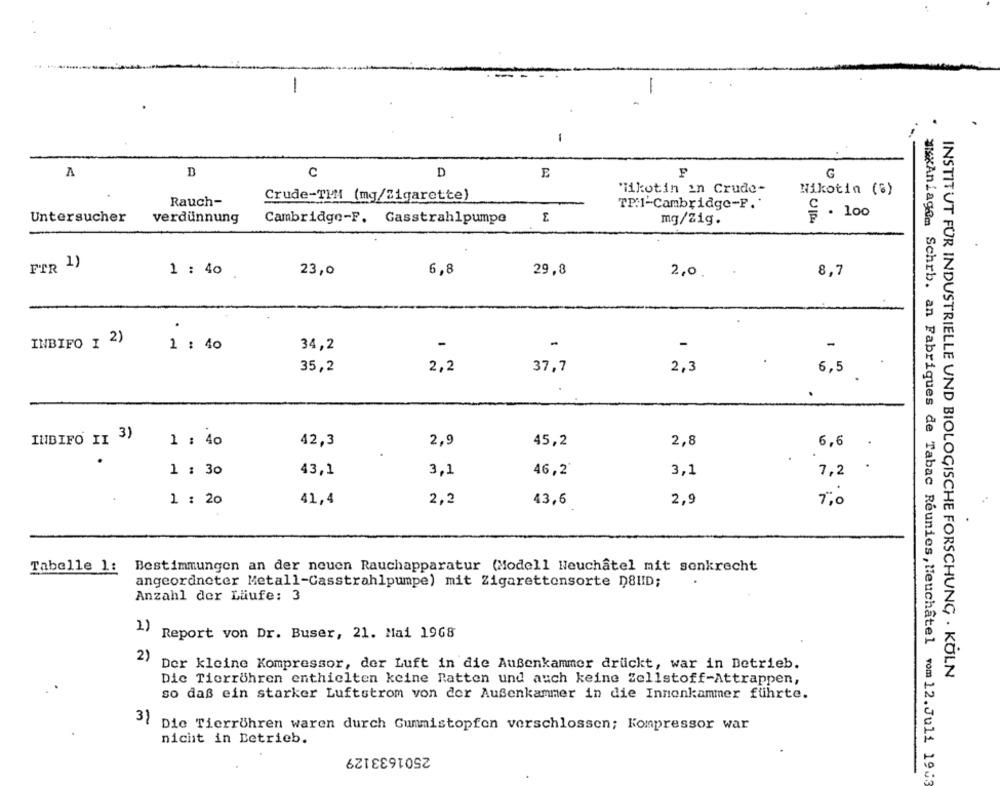
1
-
1
A
B
C
D
E
G
"iikotin in Crude-
Crude-THH (mg/Zigarette)
Nikotin (%)
Rauch-
TP.1-Cambridge-P."
Untersucher
verdünnung
Cambridge-F. Gasstrahlpumpe
mg/Zig.
S. 100
FTR 1)
1 : 40 .
23,0
6,8
29,8
2,0 .
8,7
.
INBIFO ] 2)
1 : 40
34,2
-
-
35,2
2,2
37,7
2,3
6,5
INBIFO II 3)
1 : 40
42,3
2,9
45,2
2,8
6,6
.
1 : 30
43,1
3,1
46,2
3,1
7,2
1 : 20
41,4
2,2
43,6
2,9
7,0
Tabelle 1:
Bestimmungen an der neuen Rauchapparatur (Modell Neuchâtel mit senkrecht
angeordneter Metall-Casstrahlpumpe) mit Zigarettensorte D8HID;
Anzahl der Läufe: 3
1) Report von Dr. Buser, 21. Mai 1968
2)
Der kleine Kompressor, der Luft in die Außenkammer druckt, war in Betrieb.
INSTITUT FÜR INDUSTRIELLE UND BIOLOGISCHE FORSCHUNG . KÖLN
Dic Tierröhren enthielten keine Ratten und auch keine Zellstoff-Attrappen,
so daß ein starker Luftstrom von der Außenkammer in die Innonkammer führte.
Die Tierröhren waren durch Gummistopfen verschlossen; Kompressor war
nicht in Betrieb.
2501633129
*xxAnlagom Schrb. an Fabriques de Tabac Reunies, Neuchatel vom 12.Juli 1903